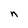
Character: n